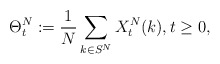
\begin{align*}\Theta^N_t:=\frac{1}{N}\sum_{k\in S^N}X^N_t(k),t\geq0,\end{align*}